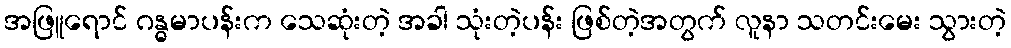
အဖြူရောင် ဂန္ဓမာပန်းက သေဆုံးတဲ့ အခါ သုံးတဲ့ပန်း ဖြစ်တဲ့အတွက် လူနာ သတင်းမေး သွားတဲ့